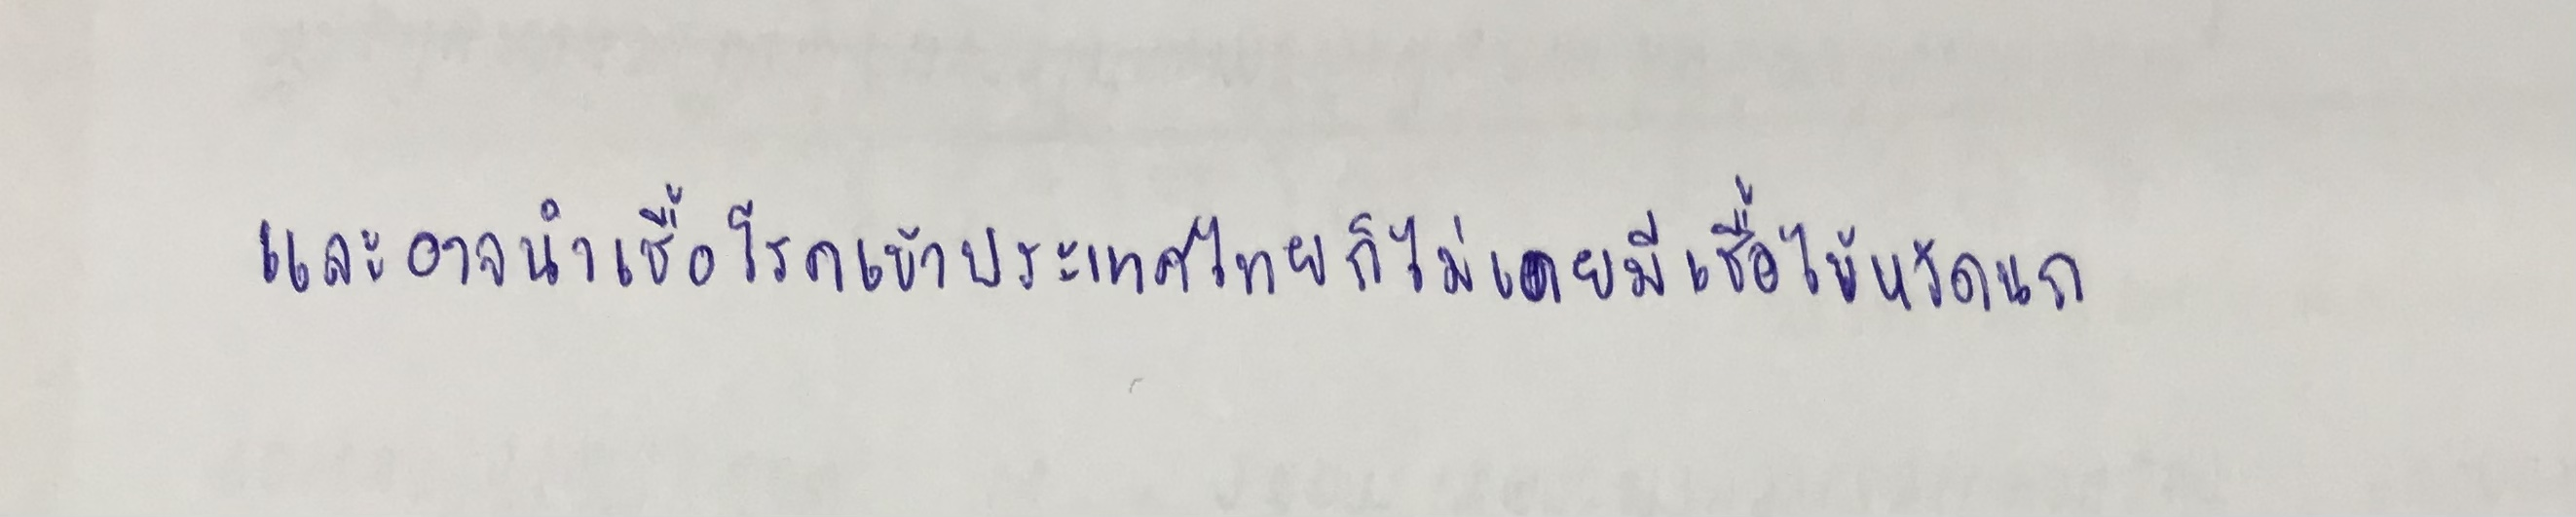
และอาจนำเชื้อโรคเข้าประเทศไทยก็ไม่เคยมีเชื้อไข้หวัดนก